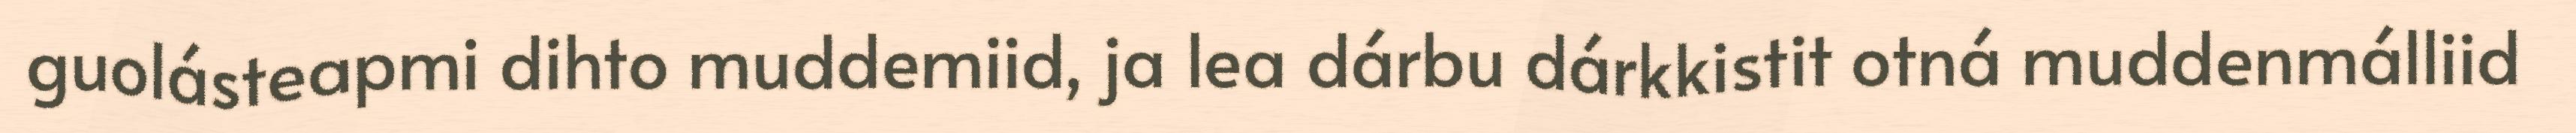
guolásteapmi dihto muddemiid, ja lea dárbu dárkkistit otná muddenmálliid